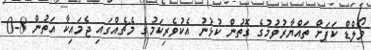
ވޯލްޑް ކަޕަށް ތައްޔާރުވުމުގެ ގޮތުން ކުޅުނު އެކުވެރިކަމުގެ މެޗެއްގައި ޖެމައިކާ އަތުން 8-0